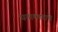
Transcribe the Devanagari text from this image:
घनाकाराचे